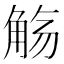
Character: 觞